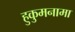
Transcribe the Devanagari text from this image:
हुकुमनामा